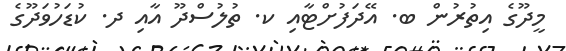
މީދޫގެ އިތުރުން ބ. އޭދަފުށްޓާއި ކ. ތުލުސްދޫ އާއި ދ. ކުޑަހުވަދޫގެ